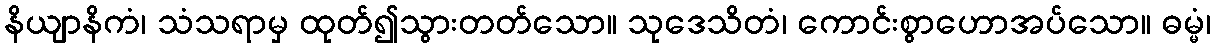
နိယျာနိကံ၊ သံသရာမှ ထုတ်၍သွားတတ်သော။ သုဒေသိတံ၊ ကောင်းစွာဟောအပ်သော။ ဓမ္မံ၊